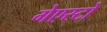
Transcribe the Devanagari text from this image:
गेएस्टो